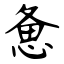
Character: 惫